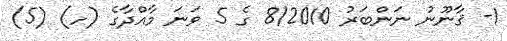
1- ޤާނޫނު ނަންބަރު 8/2010 ގެ 5 ވަނަ މާއްދާގެ (ހ) (5)